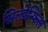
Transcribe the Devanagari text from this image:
सिल्डेन्फिल